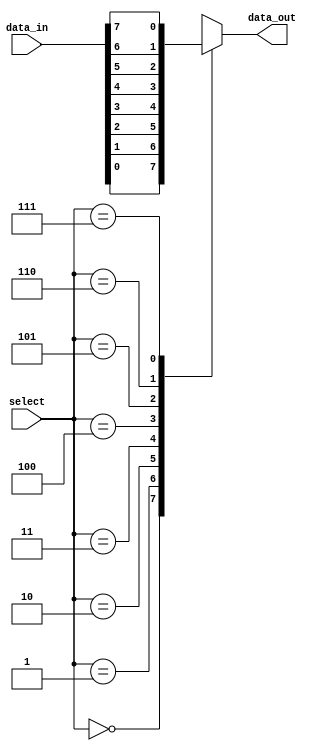
module mux_8to1 (
    input [7:0] data_in, // 8 data inputs
    input [2:0] select, // 3-bit select signal
    output reg data_out // single output line
);

always @(*) begin
    case (select)
        3'b000: data_out = data_in[0];
        3'b001: data_out = data_in[1];
        3'b010: data_out = data_in[2];
        3'b011: data_out = data_in[3];
        3'b100: data_out = data_in[4];
        3'b101: data_out = data_in[5];
        3'b110: data_out = data_in[6];
        3'b111: data_out = data_in[7];
        default: data_out = 0;
    endcase
end

endmodule